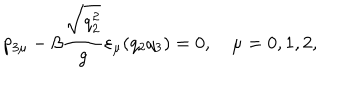
p _ { 3 \mu } - \beta \frac { \sqrt { q _ { 2 } ^ { 2 } } } { g } \varepsilon _ { \mu } ( q _ { 2 } q _ { 3 } ) = 0 , ~ \mu = 0 , 1 , 2 ,